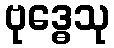
ဗုဒ္ဓေသု